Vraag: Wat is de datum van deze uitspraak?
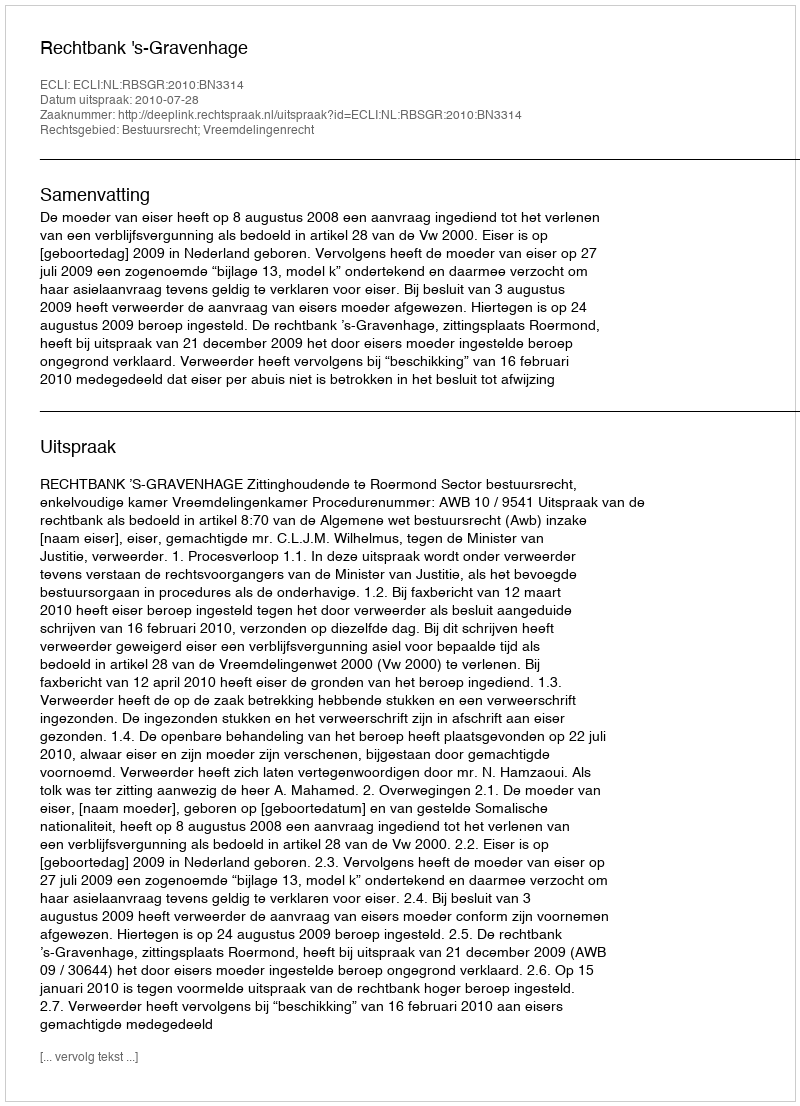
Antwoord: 2010-07-28